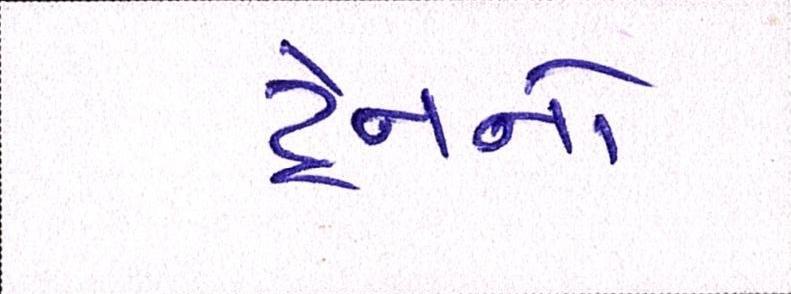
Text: ટ્રેનનો